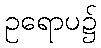
ဥရောပ၌